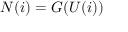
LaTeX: N ( i ) = G ( U ( i ) )